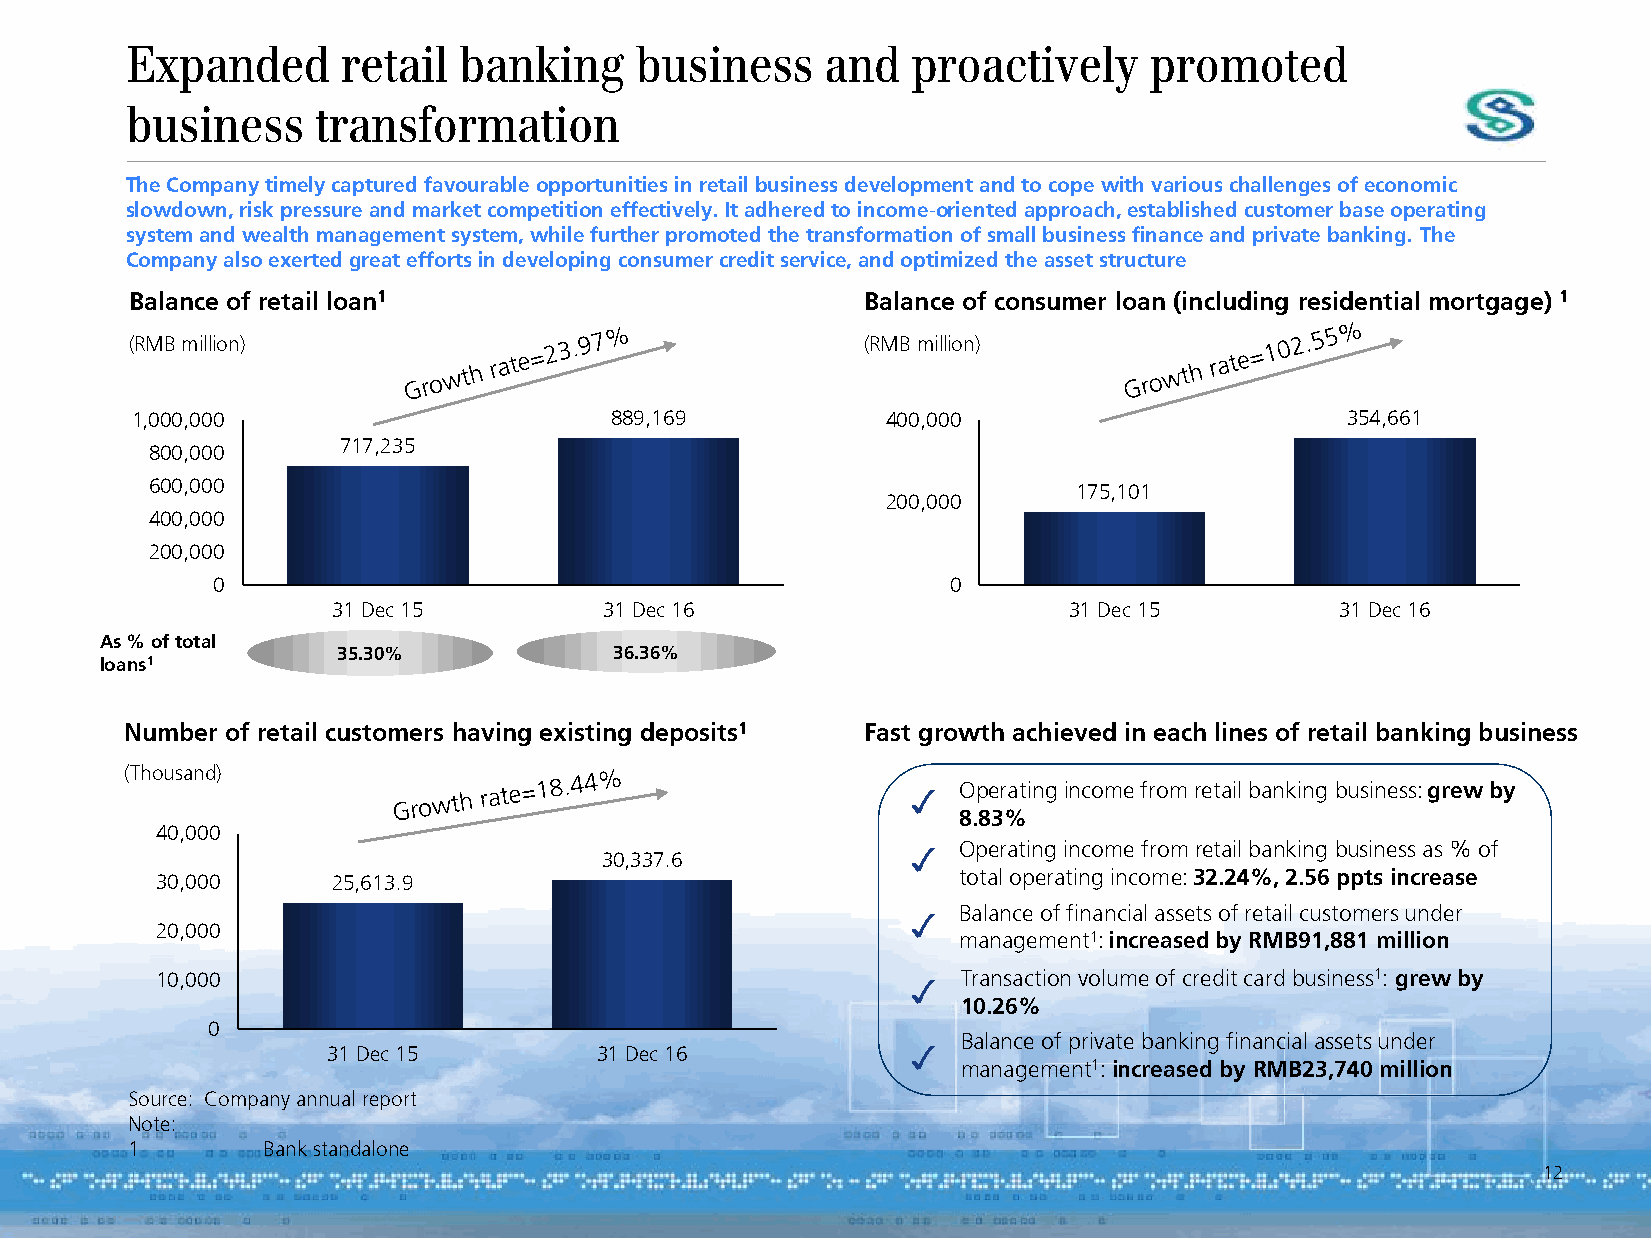
Expanded       retail banking     business     and  proactively     promoted
 business     transformation
 The Company timely captured favourable opportunities in retail business development and to cope with various challenges of economic
 slowdown, risk pressure and market competition effectively. It adhered to income-oriented approach, established customer base operating
 system and wealth management system, while further promoted the transformation of small business finance and private banking. The
 Company also exerted great efforts in developing consumer credit service, and optimized the asset structure
 Balance of retail loan1                         Balance of consumer loan (including residential mortgage) 1
 (RMB million)                                   (RMB million)
 1,000,000                      889,169            400,000                       354,661
 717,235
 800,000
 600,000
 175,101
 200,000
 400,000
 200,000
 0                                                0
 31 Dec 15         31 Dec 16                      31 Dec 15         31 Dec 16
 As % of total
 35.30%             36.36%
 loans1
 Number of retail customers having existing deposits1 Fast growth achieved in each lines of retail banking business
 (Thousand)
 3  Operating income from retail banking business: grew by
 8.83%
 40,000
 3  Operating income from retail banking business as % of
 30,337.6
 30,000      25,613.9                                 total operating income: 32.24%, 2.56 ppts increase
 3  Balance of financial assets of retail customers under
 20,000
 management1: increased by RMB91,881 million
 10,000                                            3   Transaction volume of credit card business1: grew by
 10.26%
 0
 3   Balance of private banking financial assets under
 31 Dec 15        31 Dec 16
 management1: increased by RMB23,740 million
 Source: Company annual report
 Note:
 1        Bank standalone
 12